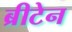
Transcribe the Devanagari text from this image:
ब्रीटेन